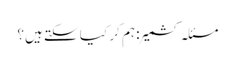
مسئلہ کشمیر : ہم کر کیا سکتے ہیں؟